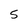
Character: 5